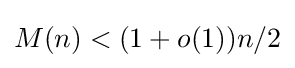
M(n)<(1+o(1))n/2